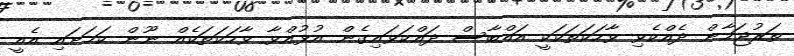
ތަރުޖަމާން ދެއްކެވި ވާހަކަތަކަކީ އައްބާސް ދައްކަވައިގެން އުޅުއްވާ ވާހަކަތަކެއް ނޫން ކަމަށައި އެއީ